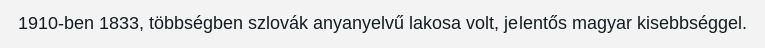
1910-ben 1833, többségben szlovák anyanyelvű lakosa volt, jelentős magyar kisebbséggel.